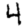
Digit: 4